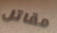
مقاتل